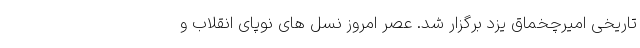
تاریخی امیرچخماق یزد برگزار شد. عصر امروز نسل های نوپای انقلاب و